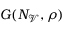
G ( N _ { \mathscr { V } } , \rho )